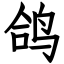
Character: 鸽